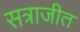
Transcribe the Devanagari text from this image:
सत्राजीत